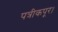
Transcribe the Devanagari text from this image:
पत्रीकपूर।